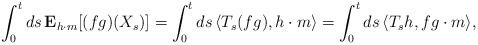
LaTeX: \begin{align*}\int_0^t ds\, {\bf E}_{h\cdot m}[ (fg)(X_s)]&=\int_0^t ds\, \langle T_s(fg), h\cdot m\rangle=\int_0^t ds\, \langle T_sh, fg\cdot m\rangle ,\end{align*}